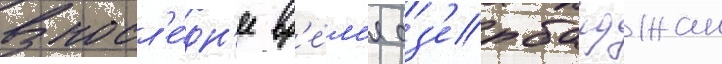
В посл'е́дн'ее вр'е́м'я аз'ербаиджан